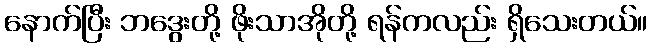
နောက်ပြီး ဘဒွေးတို့ ဖိုးသာအိုတို့ ရန်ကလည်း ရှိသေးတယ်။